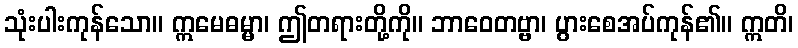
သုံးပါးကုန်သော။ ဣမေဓမ္မာ၊ ဤတရားတို့ကို။ ဘာဝေတဗ္ဗာ၊ ပွားစေအပ်ကုန်၏။ ဣတိ၊